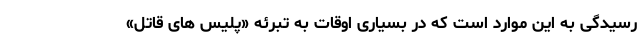
رسیدگی به این موارد است که در بسیاری اوقات به تبرئه «پلیس های قاتل»